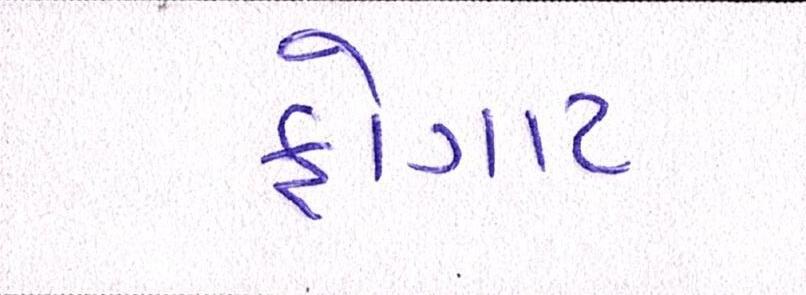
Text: ફોગાટ